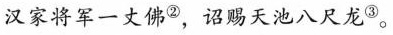
汉家将军一丈佛^{②}，诏赐天池八尺龙^{③}。